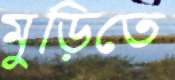
মুড়িতে